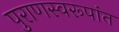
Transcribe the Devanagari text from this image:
पुराणस्वरूपांत